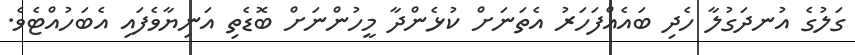
ގަލުގެ އުނދަގުލާ ހެދި ބައެއްފަހަރު އެތަނަށް ކުޅެންދާ މީހުންނަށް ބޮޑެތި އަނިޔާވެފައި އެބަހުއްޓެވެ.